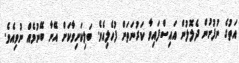
އަތުގެ ނުފުށުން ދެލޮލުން އައިސްފައިވާ ކަރުނަތަށް ފުހެލިއެވެ. ބަލިކަށިވާކަށް އޭނާ ބޭނުމެއް ނުވިއެވެ.